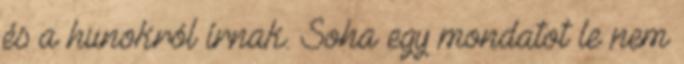
és a hunokról írnak. Soha egy mondatot le nem